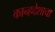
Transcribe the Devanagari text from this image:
कान्हदेशाचा